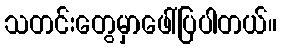
သတင်းတွေမှာဖေါ်ပြပါတယ်။